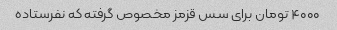
۴۰۰۰ تومان برای سس قزمز مخصوص گرفته که نفرستاده